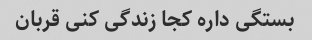
بستگی داره کجا زندگی کنی قربان